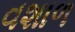
વશાળ